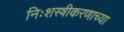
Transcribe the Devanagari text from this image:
निःशस्त्रीकरणाच्या